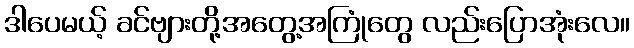
ဒါပေမယ့် ခင်ဗျားတို့အတွေ့အကြုံတွေ လည်းပြောအုံးလေ။